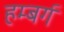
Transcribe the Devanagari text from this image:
हम्बर्ग